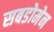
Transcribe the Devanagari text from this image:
सबडोमेन